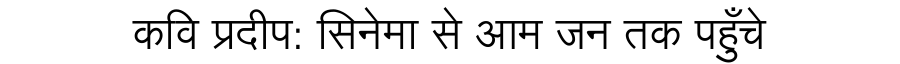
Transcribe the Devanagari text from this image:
कवि प्रदीप: सिनेमा से आम जन तक पहुँचे